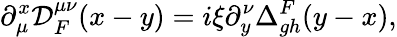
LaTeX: \partial_{\mu}^{x}{\cal D}_{F}^{\mu\nu}(x-y)=i\xi\partial_{y}^{\nu}\Delta_{gh}^{F}(y-x),